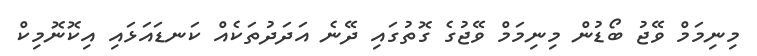
މިނިމަމް ވޭޖު ބޯޑުން މިނިމަމް ވޭޖުގެ ގޮތުގައި ދޭނެ އަދަދުތަކެއް ކަނޑައަޅައި އިކޮނޮމިކް